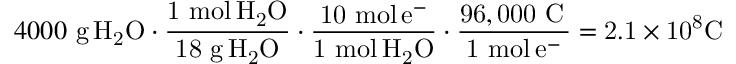
4 0 0 0 \ { \mathrm { g } } \, \mathrm { { { H } _ { 2 } \mathrm { { { O } \cdot { \frac { 1 \ { \mathrm { m o l } } \, \mathrm { { { H } _ { 2 } \mathrm { { O } } } } } { 1 8 \ { \mathrm { g } } \, H _ { 2 } O } } \cdot { \frac { 1 0 \ { \mathrm { m o l } } \, e ^ { - } } { 1 \ { \mathrm { m o l } } \, H _ { 2 } O } } \cdot { \frac { 9 6 , 0 0 0 \ { \mathrm { C } } \, } { 1 \ { \mathrm { m o l } } \, e ^ { - } } } = 2 . 1 \times 1 0 ^ { 8 } C \ \, \ } } } }